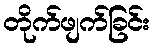
တိုက်ဖျက်ခြင်း